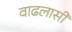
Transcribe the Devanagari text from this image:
वाढलासी